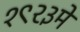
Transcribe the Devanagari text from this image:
१९२३मे